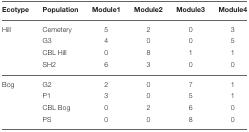
| Ecotype | Population | Module1 | Module2 | Module3 | Module4 |
 | --- | --- | --- | --- | --- | --- |
 | Hill | Cemetery | 5 | 2 | 0 | 3 |
 |  | G3 | 4 | 0 | 0 | 5 |
 |  | CBL Hill | 0 | 8 | 1 | 1 |
 |  | SH2 | 6 | 3 | 0 | 0 |
 | Bog | G2 | 2 | 0 | 7 | 1 |
 |  | P1 | 3 | 0 | 5 | 1 |
 |  | CBL Bog | 0 | 2 | 6 | 0 |
 |  | PS | 0 | 0 | 8 | 0 |